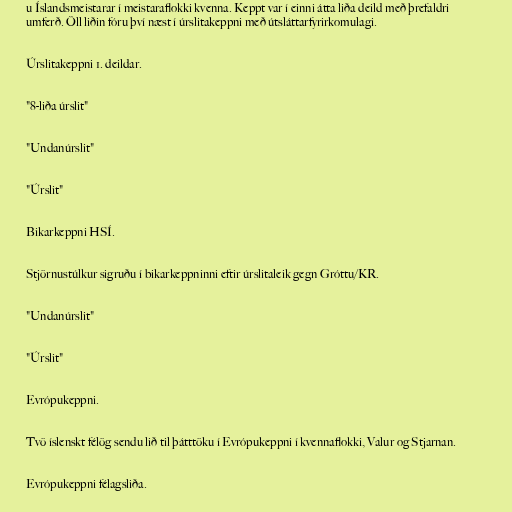
u Íslandsmeistarar í meistaraflokki kvenna. Keppt var í einni átta liða deild með þrefaldri
umferð. Öll liðin fóru því næst í úrslitakeppni með útsláttarfyrirkomulagi.

Úrslitakeppni 1. deildar.

"8-liða úrslit"

"Undanúrslit"

"Úrslit"

Bikarkeppni HSÍ.

Stjörnustúlkur sigruðu í bikarkeppninni eftir úrslitaleik gegn Gróttu/KR.

"Undanúrslit"

"Úrslit"

Evrópukeppni.

Tvö íslenskt félög sendu lið til þátttöku í Evrópukeppni í kvennaflokki, Valur og Stjarnan.

Evrópukeppni félagsliða.